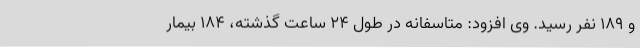
و 189 نفر رسید. وی افزود: متاسفانه در طول 24 ساعت گذشته، 184 بیمار